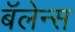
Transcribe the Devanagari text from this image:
बॅलेन्स